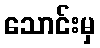
သောင်းမှ